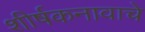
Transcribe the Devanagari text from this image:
शीर्षकनावाचे